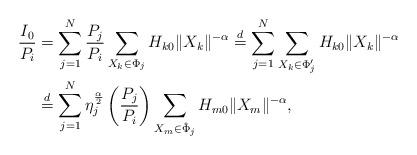
LaTeX: \begin{align*}\frac{I_0}{P_i}&= \sum_{j=1}^{N}\frac{P_j}{P_i}\sum_{X_k\in\Phi_j}H_{k0}\|X_k\|^{-\alpha}\stackrel{d}{=} \sum_{j=1}^{N}\sum_{X_k\in\Phi'_j}H_{k0}\|X_k\|^{-\alpha}\\&\stackrel{d}{=}\sum_{j=1}^{N}\eta_j^{\frac{\alpha}{2}}\left(\frac{P_j}{P_i}\right)\sum_{X_m\in\hat{\Phi}_j}H_{m0}\|X_m\|^{-\alpha},\end{align*}